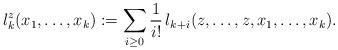
LaTeX: \begin{align*} l_k^z(x_1, \ldots, x_k):= \sum_{i\geq 0}\frac1{i!}\, l_{k+i}(z, \ldots, z, x_1, \ldots, x_k).\end{align*}